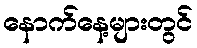
နောက်နေ့များတွင်